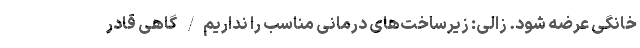
خانگی عرضه شود. زالی: زیرساخت‌های درمانی مناسب را نداریم/ گاهی قادر